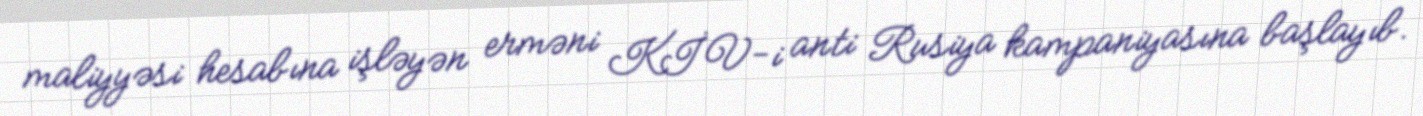
maliyyəsi hesabına işləyən erməni KİV-i anti Rusiya kampaniyasına başlayıb.